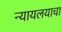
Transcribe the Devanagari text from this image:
न्यायलयाचा